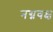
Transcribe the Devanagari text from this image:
नग्नवक्ष